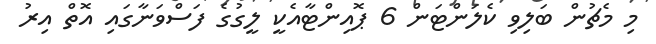
މި މެޗުން ބަލިވި ކެލަންޓަން 6 ޕޮއިންޓާއެކީ ލީގުގެ ފަސްވަނާގައި އޮތް އިރު